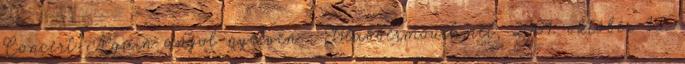
Concert Again angol nyelven . Blabbermouth.net, 2009. október 15.